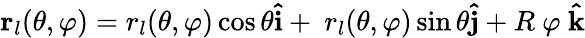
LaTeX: \mathbf{r}_{l}(\theta,\varphi)=r_{l}(\theta,\varphi)\cos{\theta}\mathbf{\hat{i}}+\ r_{l}(\theta,\varphi)\sin{\theta}\mathbf{\hat{j}}+R\ \varphi\ \mathbf{\hat{k}}